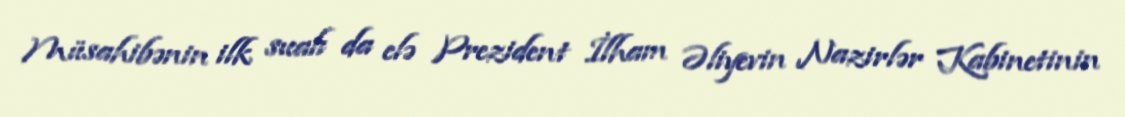
Müsahibənin ilk sualı da elə Prezident İlham Əliyevin Nazirlər Kabinetinin